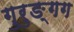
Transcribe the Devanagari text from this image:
गुरुङ्गग